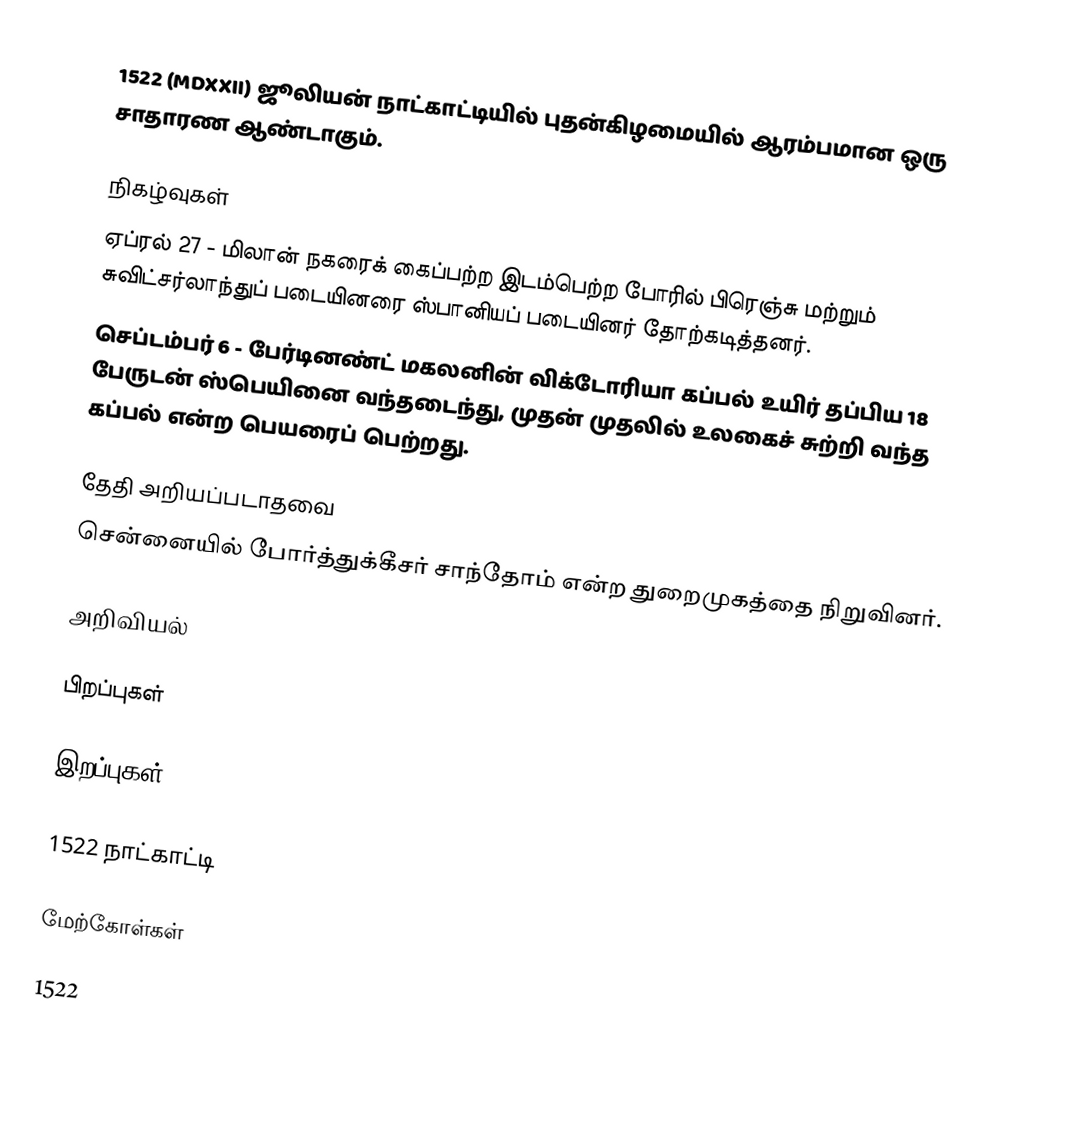
1522 (MDXXII) ஜூலியன் நாட்காட்டியில் புதன்கிழமையில் ஆரம்பமான ஒரு சாதாரண ஆண்டாகும்.

நிகழ்வுகள்
 ஏப்ரல் 27 - மிலான் நகரைக் கைப்பற்ற இடம்பெற்ற போரில் பிரெஞ்சு மற்றும் சுவிட்சர்லாந்துப் படையினரை ஸ்பானியப் படையினர் தோற்கடித்தனர்.
 செப்டம்பர் 6 - பேர்டினண்ட் மகலனின் விக்டோரியா கப்பல் உயிர் தப்பிய 18 பேருடன் ஸ்பெயினை வந்தடைந்து, முதன் முதலில் உலகைச் சுற்றி வந்த கப்பல் என்ற பெயரைப் பெற்றது.

தேதி அறியப்படாதவை
 சென்னையில் போர்த்துக்கீசர் சாந்தோம் என்ற துறைமுகத்தை நிறுவினர்.

அறிவியல்

பிறப்புகள்

இறப்புகள்

1522 நாட்காட்டி

மேற்கோள்கள்

1522